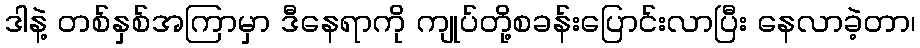
ဒါနဲ့ တစ်နှစ်အကြာမှာ ဒီနေရာကို ကျုပ်တို့စခန်းပြောင်းလာပြီး နေလာခဲ့တာ၊